Lunatic asylums United Prov. 1922-30 - 1922-1930
Year: 1922
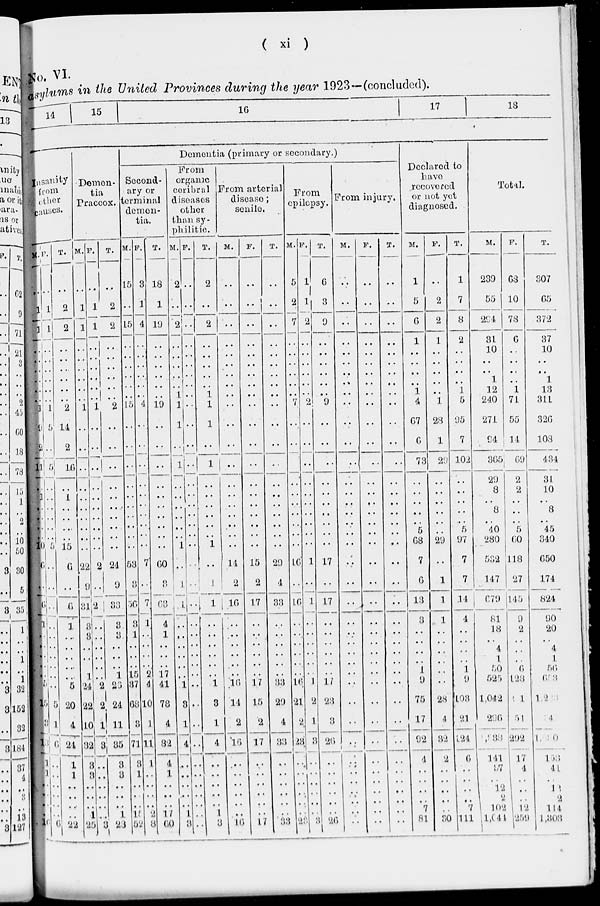
( xi )
No. VI.
asylums in the United Provinces during the year 1923—(concluded).
14
15
16
17
18
Insanity
from
other
causes.
M.
..
1
1
..
..
..
..
..
..
1
9
2
11
..
1
..
..
..
..
10
6
..
6
1
..
..
..
..
..
5
15
3
18
1
1
..
..
..
..
16
F.
..
1
1
..
..
..
..
..
..
1
5
..
5
..
..
..
..
..
..
5
..
..
..
..
..
..
..
..
..
..
5
1
6
..
..
..
..
..
..
6
T.
..
2
2
..
..
..
..
..
..
2
14
2
10
..
1
..
..
..
..
15
6
..
6
1
..
..
..
..
..
5
20
4
24
1
1
..
..
..
..
22
Demen-
tia
Praecox.
M.
..
1
1
..
..
..
..
..
..
1
..
..
..
..
..
..
..
..
..
..
22
9
31
3
3
..
..
..
1
24
22
10
32
3
3
..
..
..
1
25
F.
..
1
1
..
..
..
..
..
..
1
..
..
..
..
..
..
..
..
..
..
2
..
2
..
..
..
..
..
..
2
2
1
3
..
..
..
..
..
..
3
T.
..
2
2
..
..
..
..
..
..
2
..
..
..
..
..
..
..
..
..
..
24
9
33
3
3
..
..
..
1
26
24
11
35
3
3
..
..
..
1
28
Dementia (primary or secondary.)
Second-
ary or
terminal
demen-
tia.
M.
15
..
15
..
..
..
..
..
..
15
..
..
..
..
..
..
..
..
..
..
53
3
56
3
1
..
..
..
15
37
68
3
71
3
1
..
..
..
15
52
F.
3
1
4
..
..
..
..
..
..
4
..
..
..
..
..
..
..
..
..
..
7
..
7
1
..
..
..
..
2
4
10
1
11
1
..
..
..
..
2
8
T.
18
1
19
..
..
..
..
..
..
19
..
..
..
..
..
..
..
..
..
..
60
3
63
4
l
..
..
..
17
41
78
4
82
4
1
..
..
..
17
60
From
organic
ceribral
diseases
other
than sy-
philitic.
M.
2
..
2
..
..
..
..
..
l
1
1
..
1
..
..
..
..
..
..
1
..
1
1
..
..
..
..
..
..
1
3
1
4
..
..
..
..
..
1
3
F.
..
..
..
..
..
..
..
..
..
..
..
..
..
..
..
..
..
..
..
..
..
..
..
..
..
..
..
..
..
..
..
..
..
..
..
..
..
..
..
..
T.
2
..
2
..
..
..
..
..
1
1
1
..
1
..
..
..
..
..
..
1
..
1
1
..
..
..
..
..
..
1
3
1
4
..
..
..
..
..
1
3
From arterial
disease ;
senile.
M.
..
..
..
..
..
..
..
..
..
..
..
..
..
..
..
..
..
..
..
..
14
2
16
..
..
..
..
..
..
16
14
2
16
..
..
..
..
..
..
16
F.
..
..
..
..
..
..
..
..
..
..
..
..
..
..
..
..
..
..
..
..
15
2
17
..
..
..
..
..
..
17
15
2
17
..
..
..
..
..
..
17
T.
..
..
..
..
..
..
..
..
..
..
..
..
..
..
..
..
..
..
..
..
20
4
33
..
..
..
..
..
..
33
29
4
33
..
..
..
..
..
..
33
From
epilepsy.
M.
5
2
7
..
..
..
..
..
..
7
..
..
..
..
..
..
..
..
..
..
16
..
16
..
..
..
..
..
..
16
21
2
23
..
..
..
..
..
..
23
F.
1
1
2
..
..
..
..
..
..
2
..
..
..
..
..
..
..
..
..
..
1
..
1
..
..
..
..
..
..
1
2
1
3
..
..
..
..
..
..
3
T.
6
3
9
..
..
..
..
..
..
9
..
..
..
..
..
..
..
..
..
..
17
..
17
..
..
..
..
..
..
17
23
3
26
..
..
..
..
..
..
26
From injury.
M.
..
..
..
..
..
..
..
..
..
..
..
..
..
..
..
..
..
..
..
..
..
..
..
..
..
..
..
..
..
..
..
..
..
..
..
..
..
..
..
..
F.
..
..
..
..
..
..
..
..
..
..
..
..
..
..
..
..
..
..
..
..
..
..
..
..
..
..
..
..
..
..
..
..
..
..
..
..
..
..
..
..
T.
..
..
..
..
..
..
..
..
..
..
..
..
..
..
..
..
..
..
..
..
..
..
..
..
..
..
..
..
..
..
..
..
..
..
..
..
..
..
..
..
Declared to
have
recovered
or not yet
diagnosed.
M.
1
5
6
1
..
..
..
.. 1
4
67
6
73
..
..
..
..
..
5
68
7
6
13
3
..
..
..
..
1
9
75
17
92
4
..
..
..
..
7
81
F.
..
2
2
1
..
..
..
..
..
1
28
1
29
..
..
..
..
..
..
29
..
1
1
1
..
..
..
..
..
..
28
4
32
2
..
..
..
..
..
30
T.
1
7
8
2
..
..
..
..
1
5
95
7
102
..
..
..
..
..
5
97
7
7
14
4
..
..
..
..
1
9
103
21
124
6
..
..
..
..
7
111
Total.
M.
239
55
294
31
10
..
..
1
12
240
271
94
365
29
8
..
8
..
40
280
532
147
679
81
18
..
4
1
50
525
1,042
296
7,33
141
37
..
12
2
102
1,041
F.
68
10
78
6
..
..
..
..
1
71
55
14
69
2
2
..
..
..
5
60
118
27
145
9
2
..
..
..
6
128
1
51
292
17
4
..
..
..
12
259
T.
307
65
372
37
10
..
..
1
13
311
326
108
434
31
10
..
8
..
45
340
650
174
824
90
20
..
4
1
56
653
1 2
4
1
0
158
41
..
12
2
114
1,303